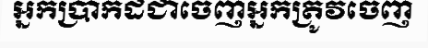
អ្នកប្រាកដជាចេញអ្នកត្រូវចេញ